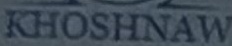
KHOSHNAW